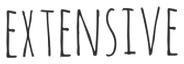
EXTENSIVE